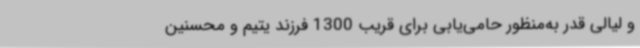
و لیالی قدر به‌منظور حامی‌یابی برای قریب 1300 فرزند یتیم و محسنین